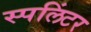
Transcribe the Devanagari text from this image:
स्पलिंटर